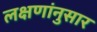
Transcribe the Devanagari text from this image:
लक्षणांनुसार